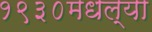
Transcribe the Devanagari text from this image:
१९३०मधल्या